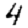
Digit: 4